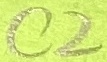
Text: C2